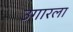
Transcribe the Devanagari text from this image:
उगारला